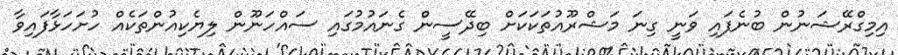
އިމިގްރޭޝަނުން ބުނެފައި ވަނީ ގިނަ މަޝްރޫއުތަކަކަށް ބިދޭސީން ގެނައުމުގައި ސައްހަނޫން ލިޔެކިއުންތަކެއް ހުށަހަޅާފައިވާ